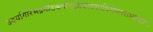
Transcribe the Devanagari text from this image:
उदयगिरिभद्रगौडकपौण्ड्रोत्कलकाषिमेकलाम्बष्ठाः।